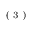
^ \mathrm { ~ ( ~ 3 ~ ) ~ }